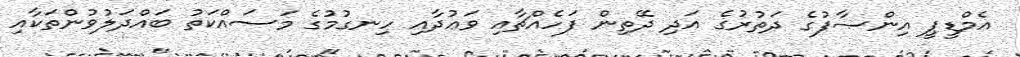
އެމްޑީޕީ އިންޞާފުގެ ދަތުރުގެ އަދި ދޭތިން ފަހެއްޗާއި ވަޢުދާއި ހިނގުމުގެ މަސައްކަތު ބައްދަލުވުންތަކާއި